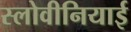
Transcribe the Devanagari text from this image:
स्लोवीनियाई